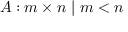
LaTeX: A : m \times n \mid m < n